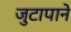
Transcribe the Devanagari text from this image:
जुटापाने